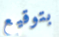
بتوقيع